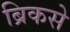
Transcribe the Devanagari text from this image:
ब्रिकसे